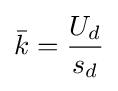
{\bar {k}}={\frac {U_{d}}{s_{d}}}